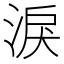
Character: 淚